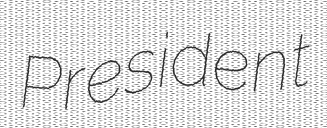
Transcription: President